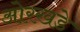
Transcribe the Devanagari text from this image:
ओरखडे